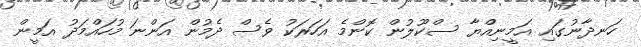
ހަނދާނުގައި އަމީނިއްޔާ ސްކޫލުން ކޮންމެ އަހަރަކު ވެސް ދެމުން އަންނަ މުހައްމަދު އަމީން